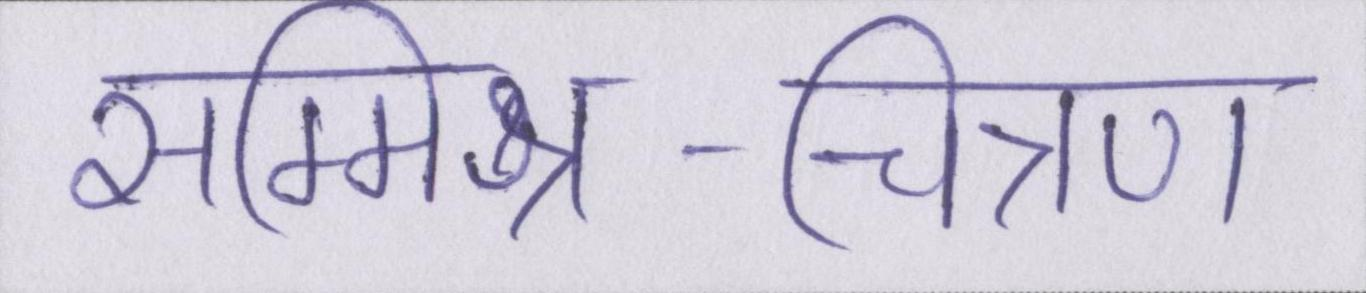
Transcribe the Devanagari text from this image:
सम्मिश्र-चित्रण